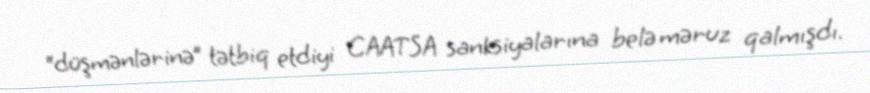
“düşmənlərinə” tətbiq etdiyi CAATSA sanksiyalarına belə məruz qalmışdı.